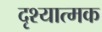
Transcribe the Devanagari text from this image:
दृश्‍यात्मक